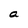
Character: a